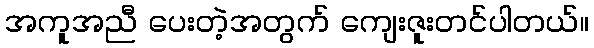
အကူအညီ ပေးတဲ့အတွက် ကျေးဇူးတင်ပါတယ်။